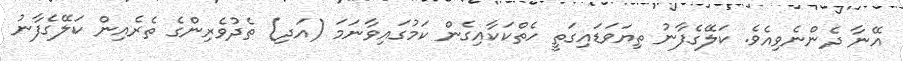
އޭނާ ދެންނެވިއެވެ. ކަލޭގެފާނު ތިޔަވަޑައިގަތީ ހެތްކަކާއިގެން ކަމުގައިވާނަމަ (އަދި) ތެދުވެރިންގެ ތެރެއިން ކަލޭގެފާނު